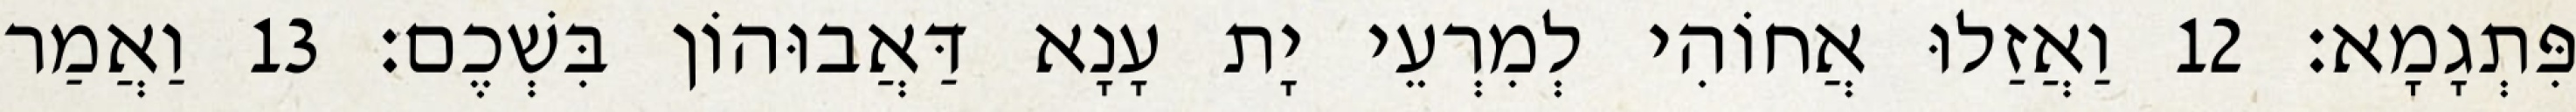
פִּתְגָמָא׃ 12 וַאֲזַלוּ אֲחוֹהִי לְמִרְעֵי יָת עָנָא דַּאֲבוּהוֹן בִּשְׁכֶם׃ 13 וַאֲמַר